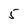
Character: 5